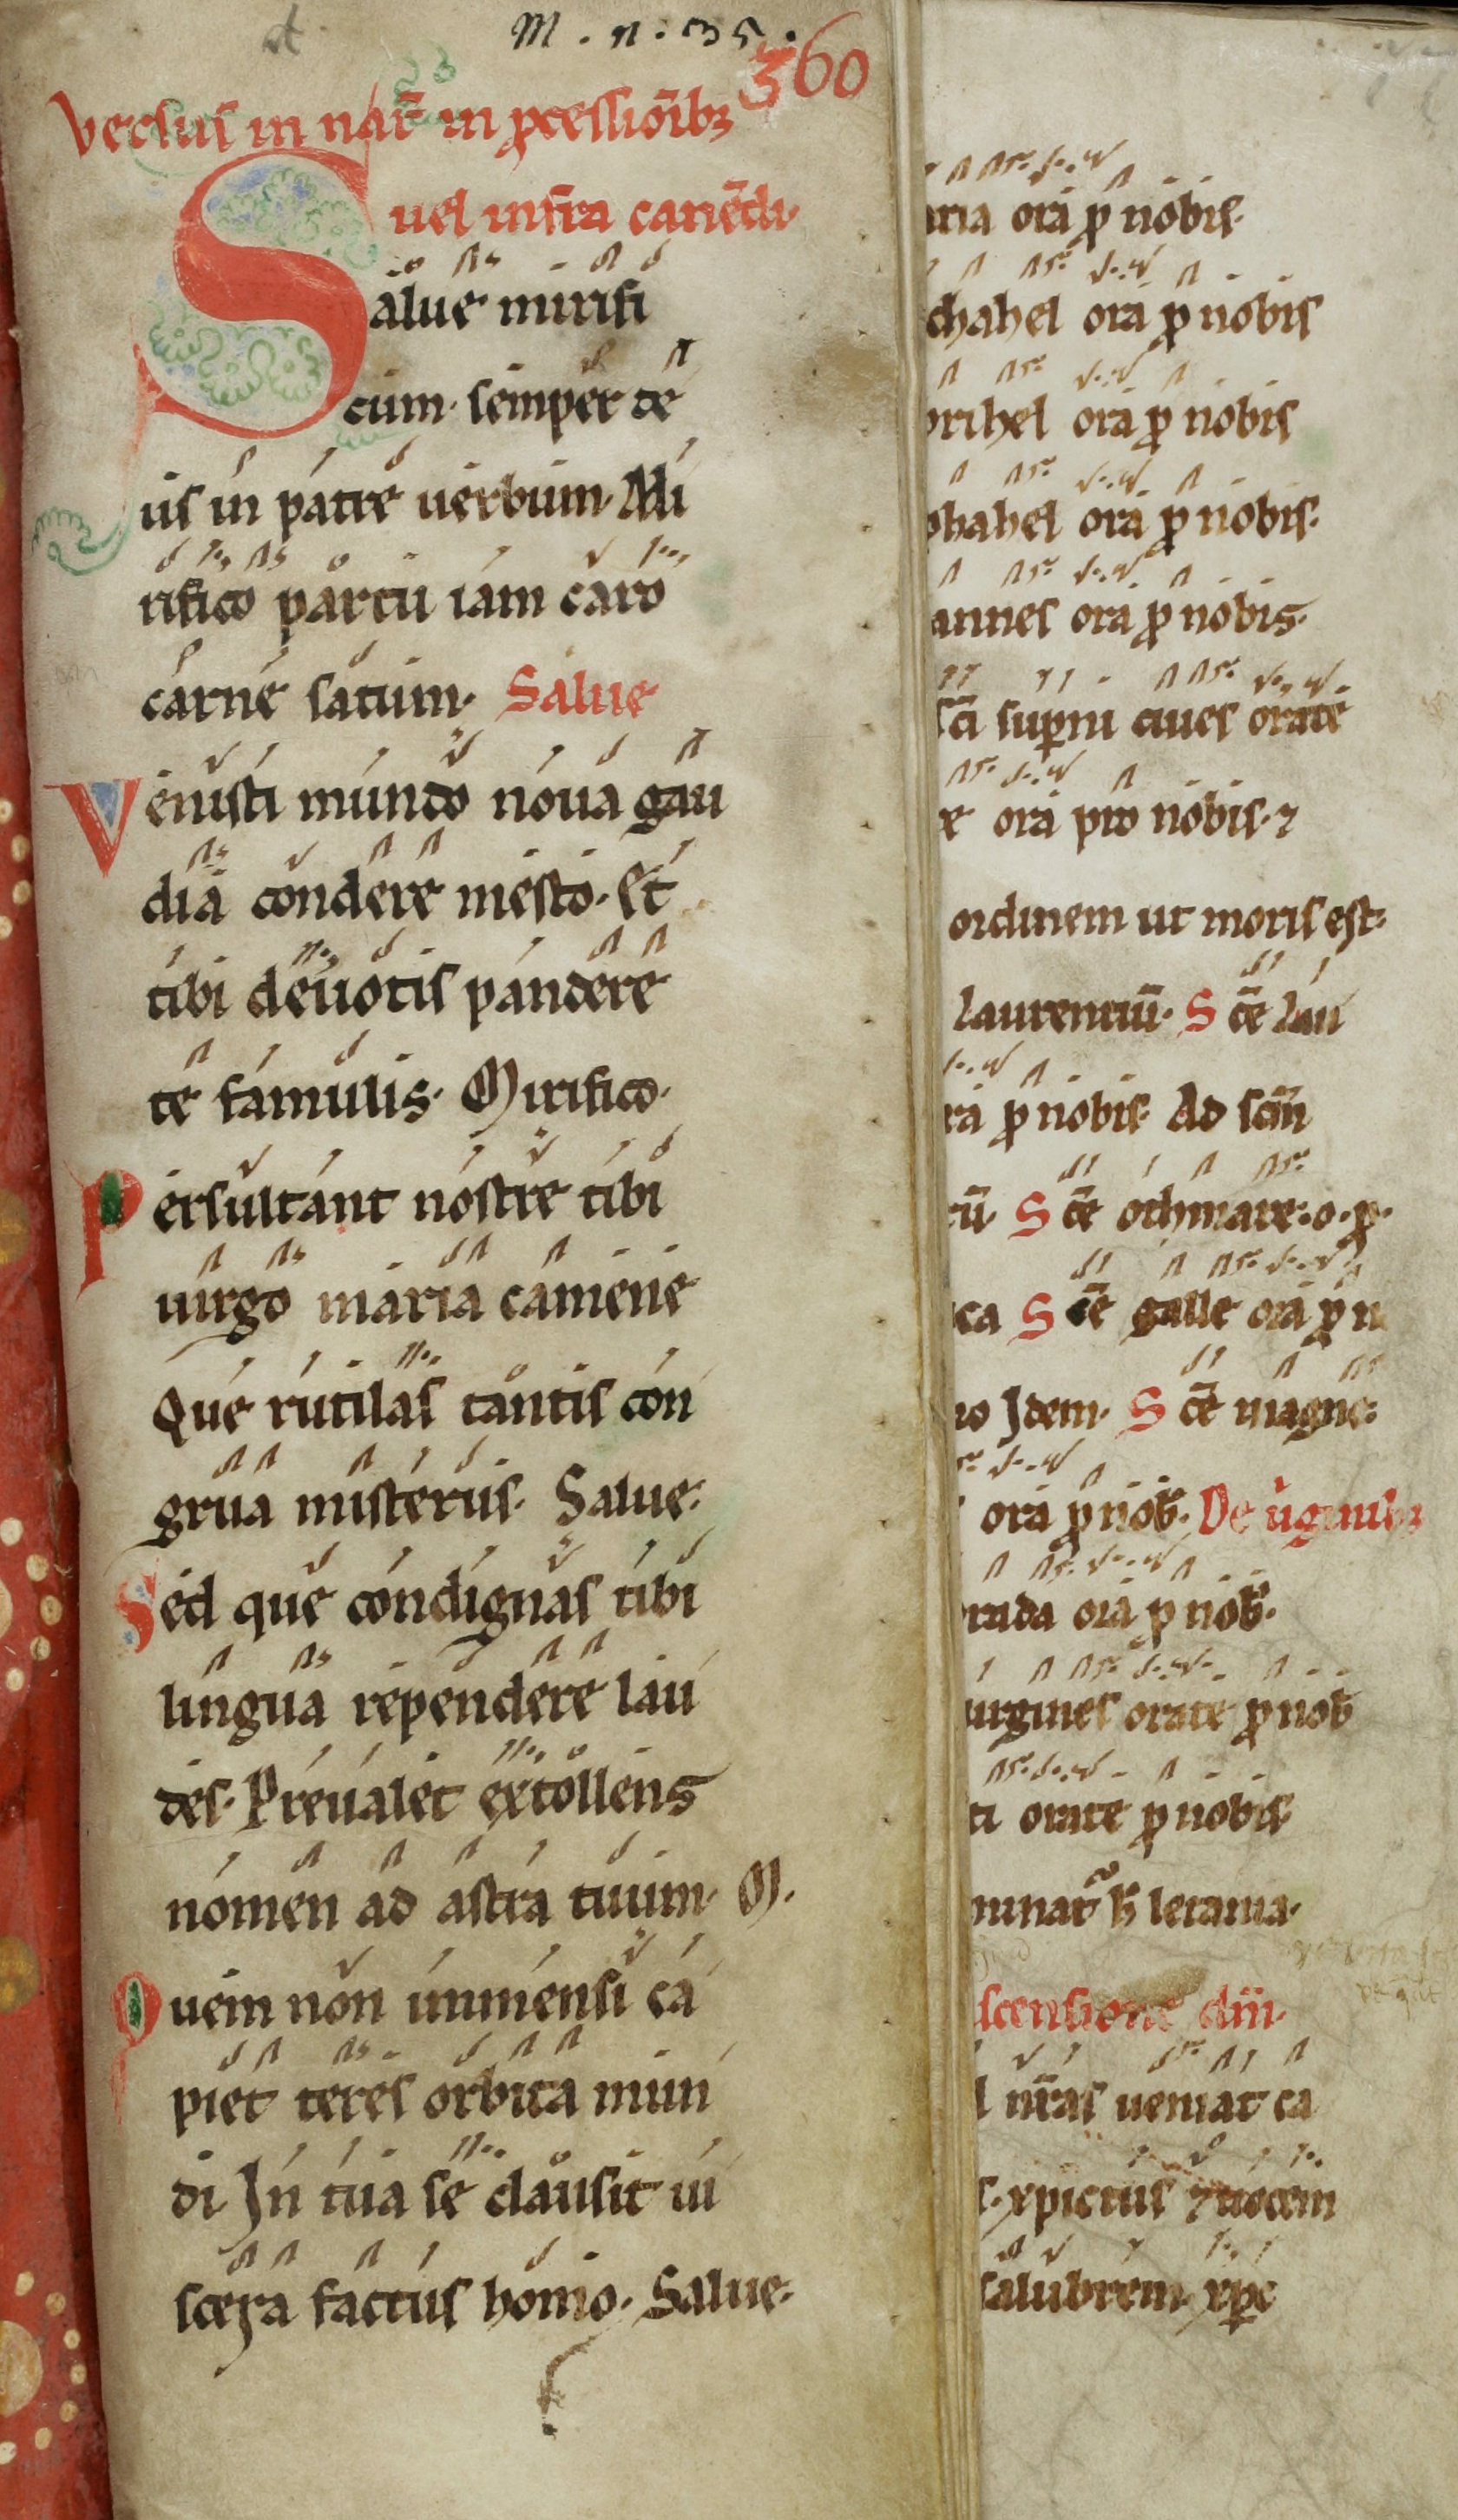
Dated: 1100–1199